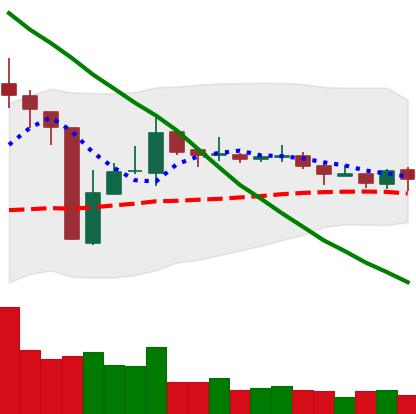
Ticker: TRX-USD
Chart end date: 2018-10-27
Forward return: -3.003%
Label: down_3_5